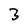
Character: 3